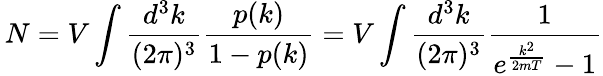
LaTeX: \, N=V\int{\frac{d^{3}k}{(2\pi)^{3}}}{\frac{p(k)}{1-p(k)}}=V\int{\frac{d^{3}k}{(2\pi)^{3}}}{\frac{1}{e^{\frac{k^{2}}{2mT}}-1}}